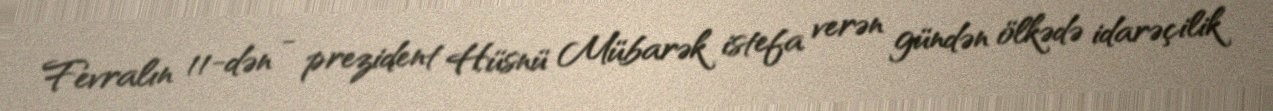
Fevralın 11-dən - prezident Hüsnü Mübarək istefa verən gündən ölkədə idarəçilik